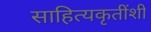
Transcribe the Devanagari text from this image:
साहित्यकृतींशी